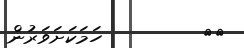
٧٠         ހަމަކަށަވަރުން